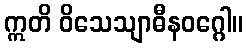
ဣတိ ဝိသေသျာဓီနဝဂ္ဂေါ။